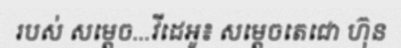
របស់ សម្តេច...វីដេអូ៖ សម្តេចតេជោ ហ៊ុន